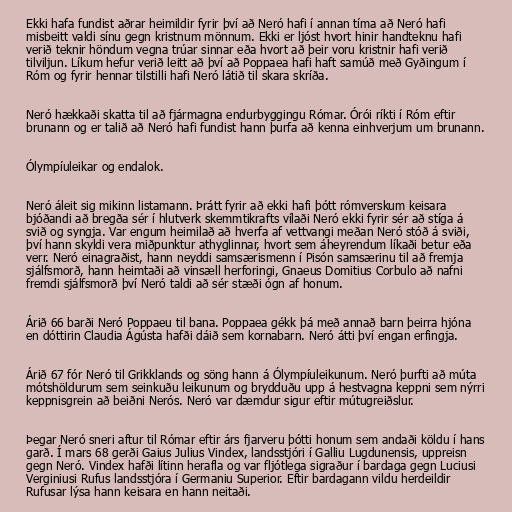
Ekki hafa fundist aðrar heimildir fyrir því að Neró hafi í annan tíma að Neró hafi
misbeitt valdi sínu gegn kristnum mönnum. Ekki er ljóst hvort hinir handteknu hafi
verið teknir höndum vegna trúar sinnar eða hvort að þeir voru kristnir hafi verið
tilviljun. Líkum hefur verið leitt að því að Poppaea hafi haft samúð með Gyðingum í
Róm og fyrir hennar tilstilli hafi Neró látið til skara skríða.

Neró hækkaði skatta til að fjármagna endurbyggingu Rómar. Órói ríkti í Róm eftir
brunann og er talið að Neró hafi fundist hann þurfa að kenna einhverjum um brunann.

Ólympíuleikar og endalok.

Neró áleit sig mikinn listamann. Þrátt fyrir að ekki hafi þótt rómverskum keisara
bjóðandi að bregða sér í hlutverk skemmtikrafts vílaði Neró ekki fyrir sér að stíga á
svið og syngja. Var engum heimilað að hverfa af vettvangi meðan Neró stóð á sviði,
því hann skyldi vera miðpunktur athyglinnar, hvort sem áheyrendum líkaði betur eða
verr. Neró einagraðist, hann neyddi samsærismenn í Pisón samsærinu til að fremja
sjálfsmorð, hann heimtaði að vinsæll herforingi, Gnaeus Domitius Corbulo að nafni
fremdi sjálfsmorð því Neró taldi að sér stæði ógn af honum.

Árið 66 barði Neró Poppaeu til bana. Poppaea gékk þá með annað barn þeirra hjóna
en dóttirin Claudia Ágústa hafði dáið sem kornabarn. Neró átti því engan erfingja.

Árið 67 fór Neró til Grikklands og söng hann á Ólympíuleikunum. Neró þurfti að múta
mótshöldurum sem seinkuðu leikunum og brydduðu upp á hestvagna keppni sem nýrri
keppnisgrein að beiðni Nerós. Neró var dæmdur sigur eftir mútugreiðslur.

Þegar Neró sneri aftur til Rómar eftir árs fjarveru þótti honum sem andaði köldu í hans
garð. Í mars 68 gerði Gaius Julius Vindex, landsstjóri í Galliu Lugdunensis, uppreisn
gegn Neró. Vindex hafði lítinn herafla og var fljótlega sigraður í bardaga gegn Luciusi
Verginiusi Rufus landsstjóra í Germaniu Superior. Eftir bardagann vildu herdeildir
Rufusar lýsa hann keisara en hann neitaði.